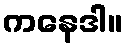
ကနေဒါ။